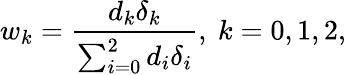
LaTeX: w_{k}=\frac{d_{k}\delta_{k}}{\sum_{i=0}^{2}d_{i}\delta_{i}},\mathrm{~}k=0,1,2,